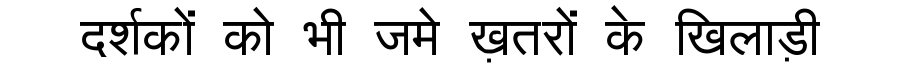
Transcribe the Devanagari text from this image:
दर्शकों को भी जमे ख़तरों के खिलाड़ी